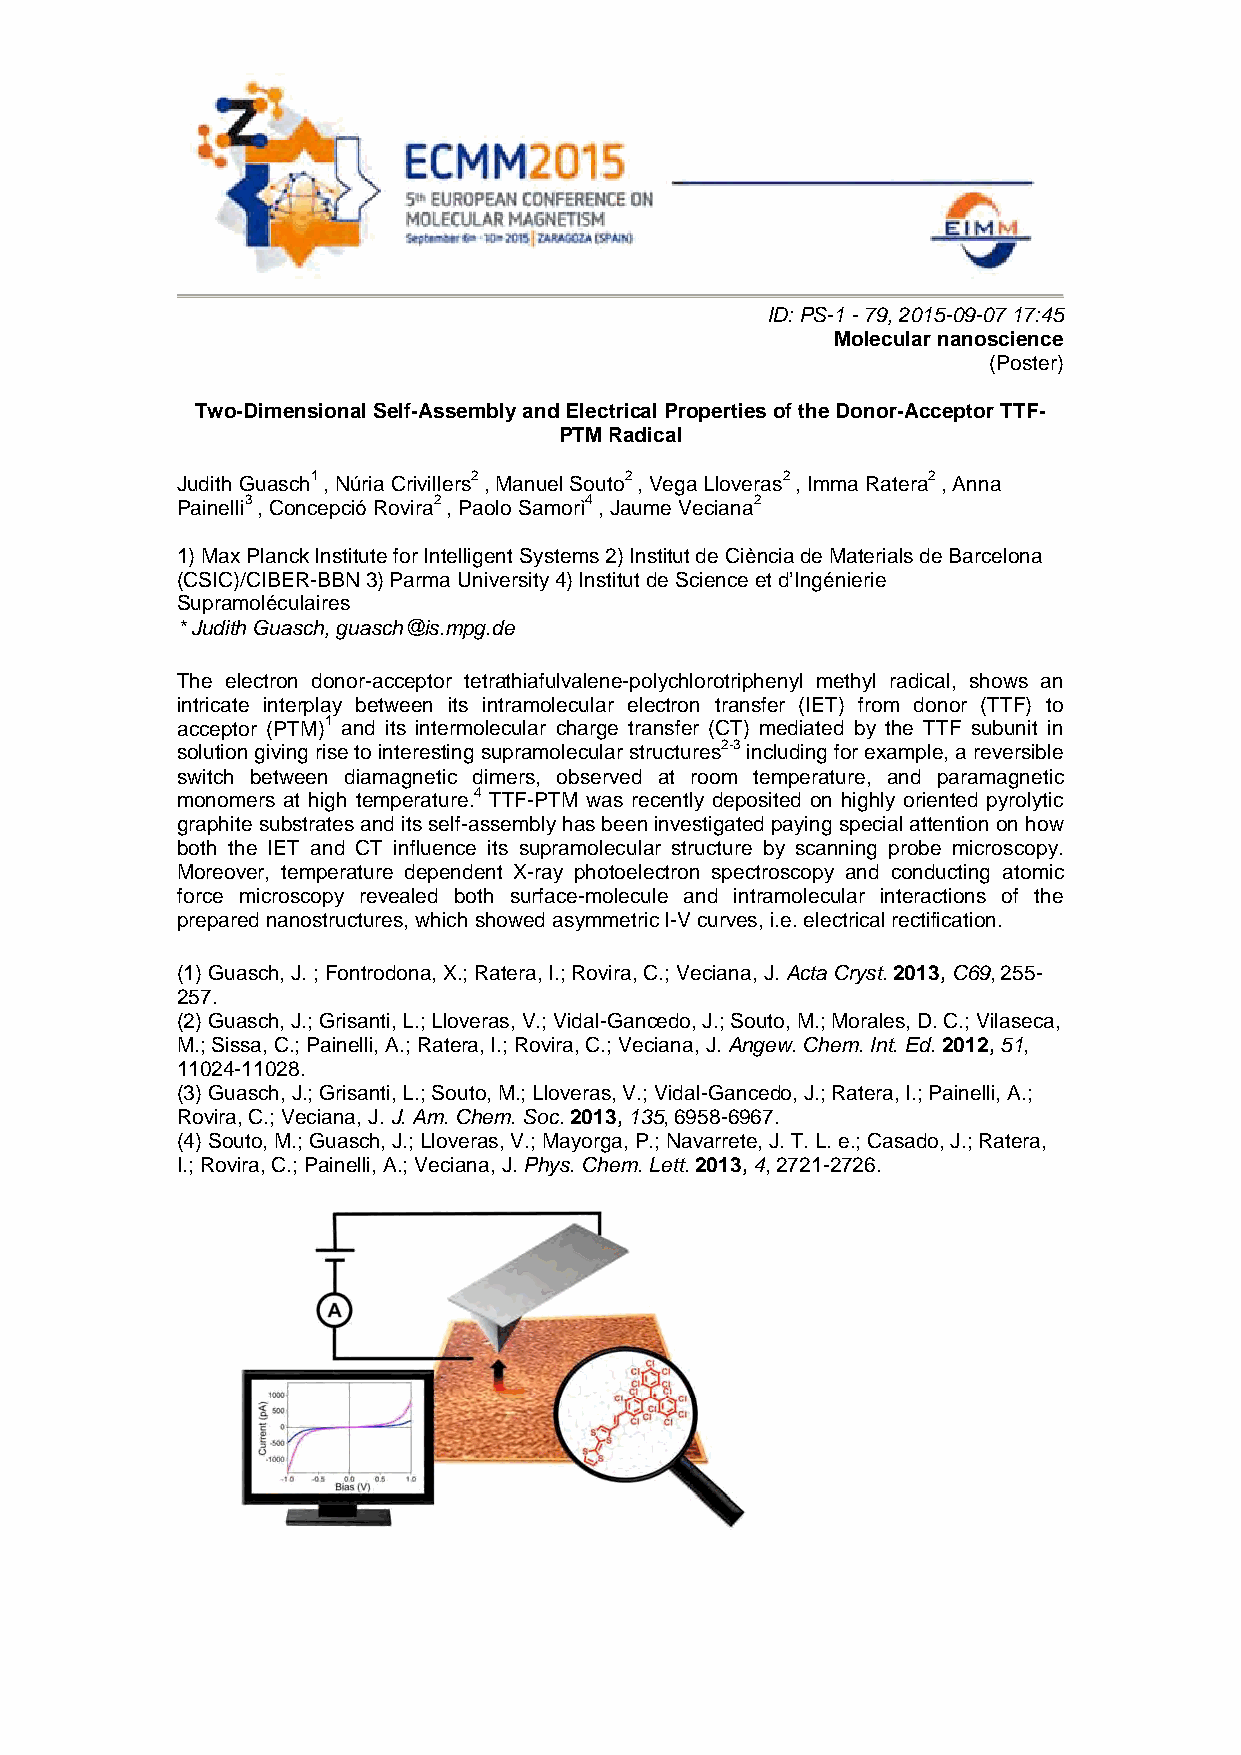
ID: PS-1 - 79, 2015-09-07 17:45
 Molecular nanoscience
 (Poster)
 Two-Dimensional Self-Assembly and Electrical Properties of the Donor-Acceptor TTF-
 PTM Radical
 Judith Guasch1 , Núria Crivillers2 , Manuel Souto2 , Vega Lloveras2 , Imma Ratera2 , Anna
 Painelli3 , Concepció Rovira2 , Paolo Samorì4 , Jaume Veciana2
 1) Max Planck Institute for Intelligent Systems 2) Institut de Ciència de Materials de Barcelona
 (CSIC)/CIBER-BBN 3) Parma University 4) Institut de Science et d’Ingénierie
 Supramoléculaires
 * Judith Guasch, guasch@is.mpg.de
 The electron donor-acceptor tetrathiafulvalene-polychlorotriphenyl methyl radical, shows an
 intricate interplay between its intramolecular electron transfer (IET) from donor (TTF) to
 acceptor (PTM)1 and its intermolecular charge transfer (CT) mediated by the TTF subunit in
 solution giving rise to interesting supramolecular structures2-3 including for example, a reversible
 switch between diamagnetic dimers, observed at room temperature, and paramagnetic
 monomers at high temperature.4 TTF-PTM was recently deposited on highly oriented pyrolytic
 graphite substrates and its self-assembly has been investigated paying special attention on how
 both the IET and CT influence its supramolecular structure by scanning probe microscopy.
 Moreover, temperature dependent X-ray photoelectron spectroscopy and conducting atomic
 force microscopy revealed both surface-molecule and intramolecular interactions of the
 prepared nanostructures, which showed asymmetric I-V curves, i.e. electrical rectification.
 (1) Guasch, J. ; Fontrodona, X.; Ratera, I.; Rovira, C.; Veciana, J. Acta Cryst. 2013, C69, 255-
 257.
 (2) Guasch, J.; Grisanti, L.; Lloveras, V.; Vidal-Gancedo, J.; Souto, M.; Morales, D. C.; Vilaseca,
 M.; Sissa, C.; Painelli, A.; Ratera, I.; Rovira, C.; Veciana, J. Angew. Chem. Int. Ed. 2012, 51,
 11024-11028.
 (3) Guasch, J.; Grisanti, L.; Souto, M.; Lloveras, V.; Vidal-Gancedo, J.; Ratera, I.; Painelli, A.;
 Rovira, C.; Veciana, J. J. Am. Chem. Soc. 2013, 135, 6958-6967.
 (4) Souto, M.; Guasch, J.; Lloveras, V.; Mayorga, P.; Navarrete, J. T. L. e.; Casado, J.; Ratera,
 I.; Rovira, C.; Painelli, A.; Veciana, J. Phys. Chem. Lett. 2013, 4, 2721-2726.